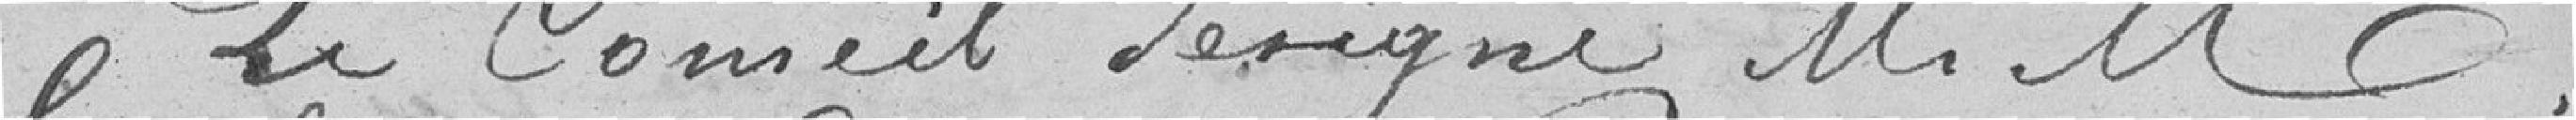
Le Conseil désigne M. M.